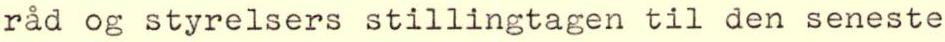
råd og styrelsers stillingtagen til den seneste